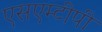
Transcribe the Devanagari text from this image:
एसएम्टीपी